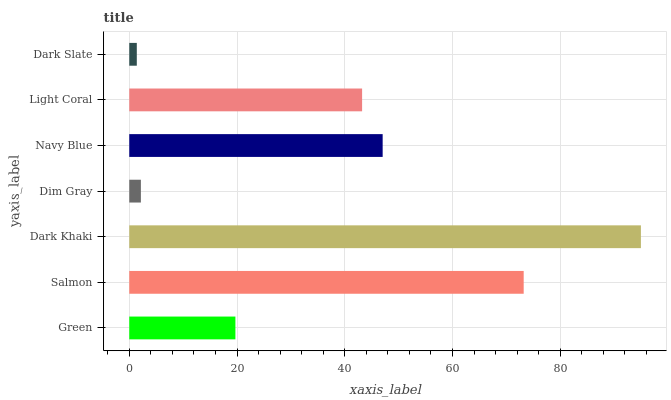
| yaxis_label | bars |
 | --- | --- |
 | Green | 19.7 |
 | Salmon | 73.2 |
 | Dark Khaki | 95 |
 | Dim Gray | 2.16 |
 | Navy Blue | 47 |
 | Light Coral | 43.2 |
 | Dark Slate | 1.4 |